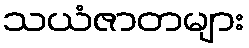
သယံဇာတများ